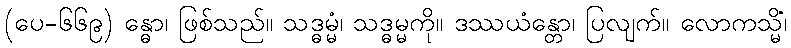
(ပေ-၆၆၉) န္ဓော၊ ဖြစ်သည်။ သဒ္ဓမ္မံ၊ သဒ္ဓမ္မကို။ ဒဿယံန္တော၊ ပြလျက်။ လောကသ္မိံ၊